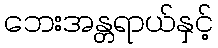
ဘေးအန္တရာယ်နှင့်